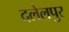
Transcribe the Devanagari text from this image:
दलेलपुर